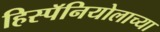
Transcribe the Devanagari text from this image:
हिस्पॅनियोलाच्या